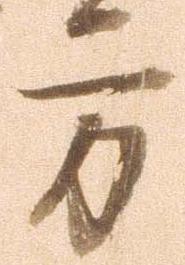
方